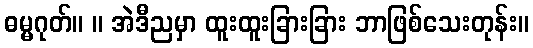
ဓမ္မဂုတ်။ ။ အဲဒီညမှာ ထူးထူးခြားခြား ဘာဖြစ်သေးတုန်း။